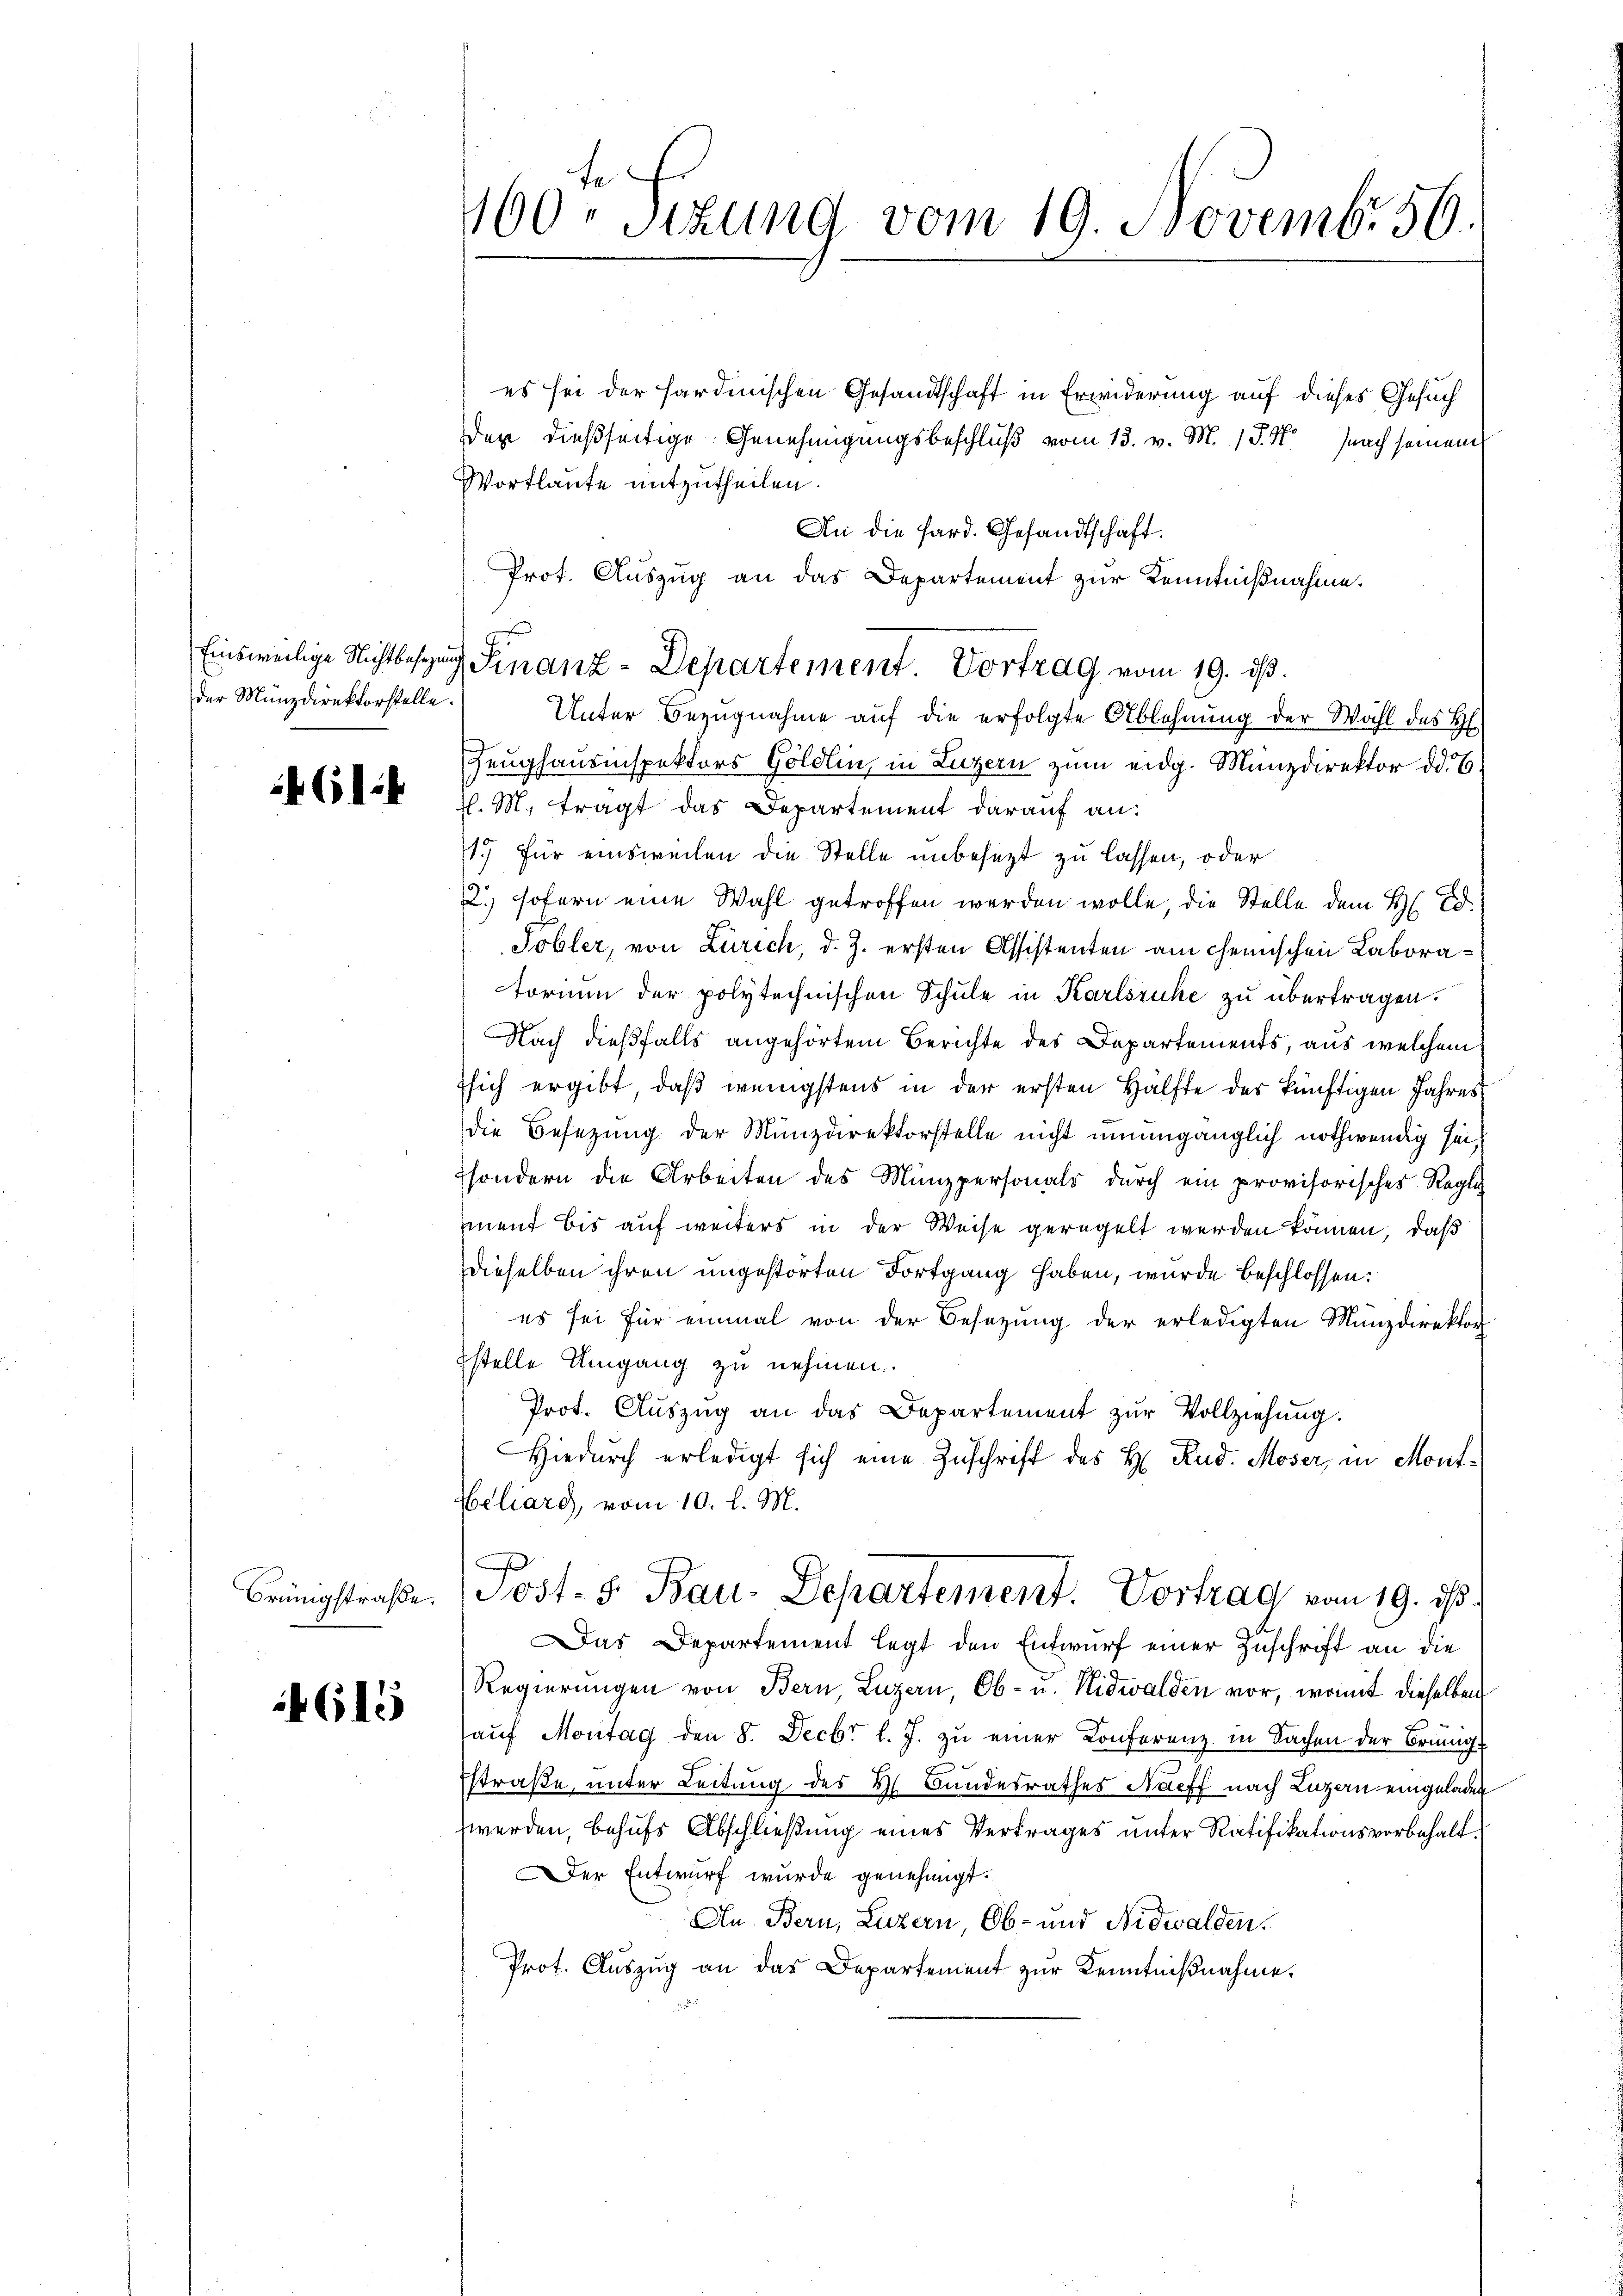
der Münzdirektorstelle.

412

if. 615

es sei der sardinischen Gesandtschaft in Erwiderung auf dieses Gesuch
Der dießseitige Genehmigungsbeschluß vom 13. v. M. P. M. nach seinem
Wortlaute mitzutheilen.
An die Pard. Gesandtschaft.
Prot. Auszug an das Departement zur Kenntnißnahme.
Unter Bezugnahme auf die erfolgte Ablehnung der Wahl des H
Zeughausinspektors Göldlin, in Luzern zum eidg. Münzdirektor od. E
l. M. tragt das Departement darauf an:
1.) Für einsweilen die Stelle unbesezt zu lassen, oder
2. Hofern eine Wahl getroffen werden wolle, die Stelle dem H. Ed.
Tobler, von Zürich, d. J. ersten Assistenten am Chemischen Laboratorium der polytechnischen Schule in Karlsruhe zu übertragen.
Nach dießfalls angehörtem Berichte des Departements, aus welchem
sich ergibt, daß wenigstens in der ersten Hälfte des künftigen Jahres
die Besetzung der Münzdirektorstelle nicht unumgänglich nothwendig sei,
sondern die Arbeiten des Münzpersonals dŭrch ein provisorisches Regli
ment bis auf weiters in der Weise geregelt werden können, daß
dieselben ihren ungestörten Fortgang haben, wurde beschlossen:
es sei für einmal von der Besetzung der erledigten Münzdirektor
Istelle Umgang zu nehmen.
Prot. Aŭszŭg an das Departement zŭr Vollziehŭng.
Hiedurch erledigt sich eine Zuschrift des H. Rud. Moser, in Mont¬
Weliard, vom 10. l. M.
Brüngstraβe. Post- 5. Bau-Departement. Vortrag vom 19. ds.
as Departement legt den Entwurf einer Zuschrift an die
Regierungen von Bern, Luzern, Ob- u. Nidwalden vor, womit dieselben
aŭf Montag den 8. Decbr l. J. zŭ einer Konferenz in Sachen der Brüng
Estraße, unter Leitung des H. Bundesrathes Nacff nach Luzern eingeladen
werden, behufs Abschließung eines Vertrages unter Ratifikationsvorbehalt¬
Der Entwurf wurde genehmigt.
An Bern, Luzern, Ob- und Nidwalden.
Prot. Auszug an das Departement zur Kenntnißnahme.

160. Sitzung vom 19. Novembr 56.

Einsweilige Nichtbestung Finanz-Departement. Vortrag vom 19. ds.